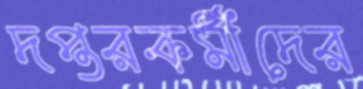
দপ্তরকর্মীদের